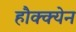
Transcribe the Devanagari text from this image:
हौक्क्येन